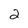
Character: 2